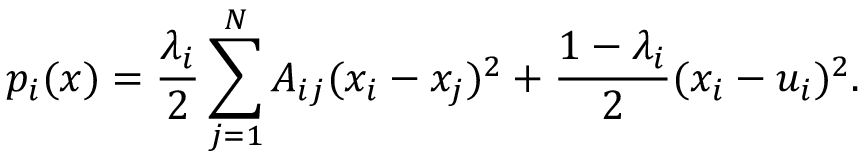
p _ { i } ( { \boldsymbol x } ) = \frac { \lambda _ { i } } { 2 } \sum _ { j = 1 } ^ { N } A _ { i j } ( x _ { i } - x _ { j } ) ^ { 2 } + \frac { 1 - \lambda _ { i } } { 2 } ( x _ { i } - u _ { i } ) ^ { 2 } .